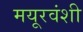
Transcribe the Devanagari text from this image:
मयूरवंशी